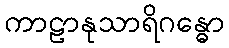
ကာဠာနုသာရိဂန္ဓော